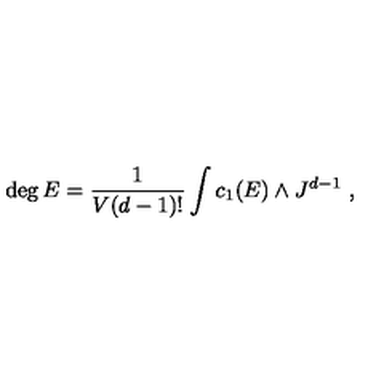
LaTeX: \deg E = \frac { 1 } { V ( d - 1 ) ! } \int c _ { 1 } ( E ) \wedge J ^ { d - 1 } \ ,